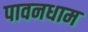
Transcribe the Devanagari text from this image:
पावनधाम